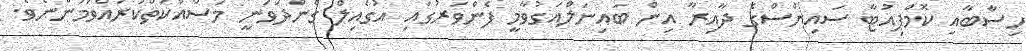
ހިސާބާއި ކޮމްޕިއުޓާ ސައިންސްގެ ދާއިރާ އިން ބައިނަލްއަގުވާމީ ފެންވަރުގައި އުގެއިލް ގެންދަވަނީ މަސައްކަތްކުރައްވަމުންނެވެ.